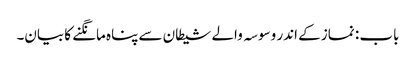
باب : نماز کے اندر وسوسہ والے شیطان سے پناہ مانگنے کا بیان۔